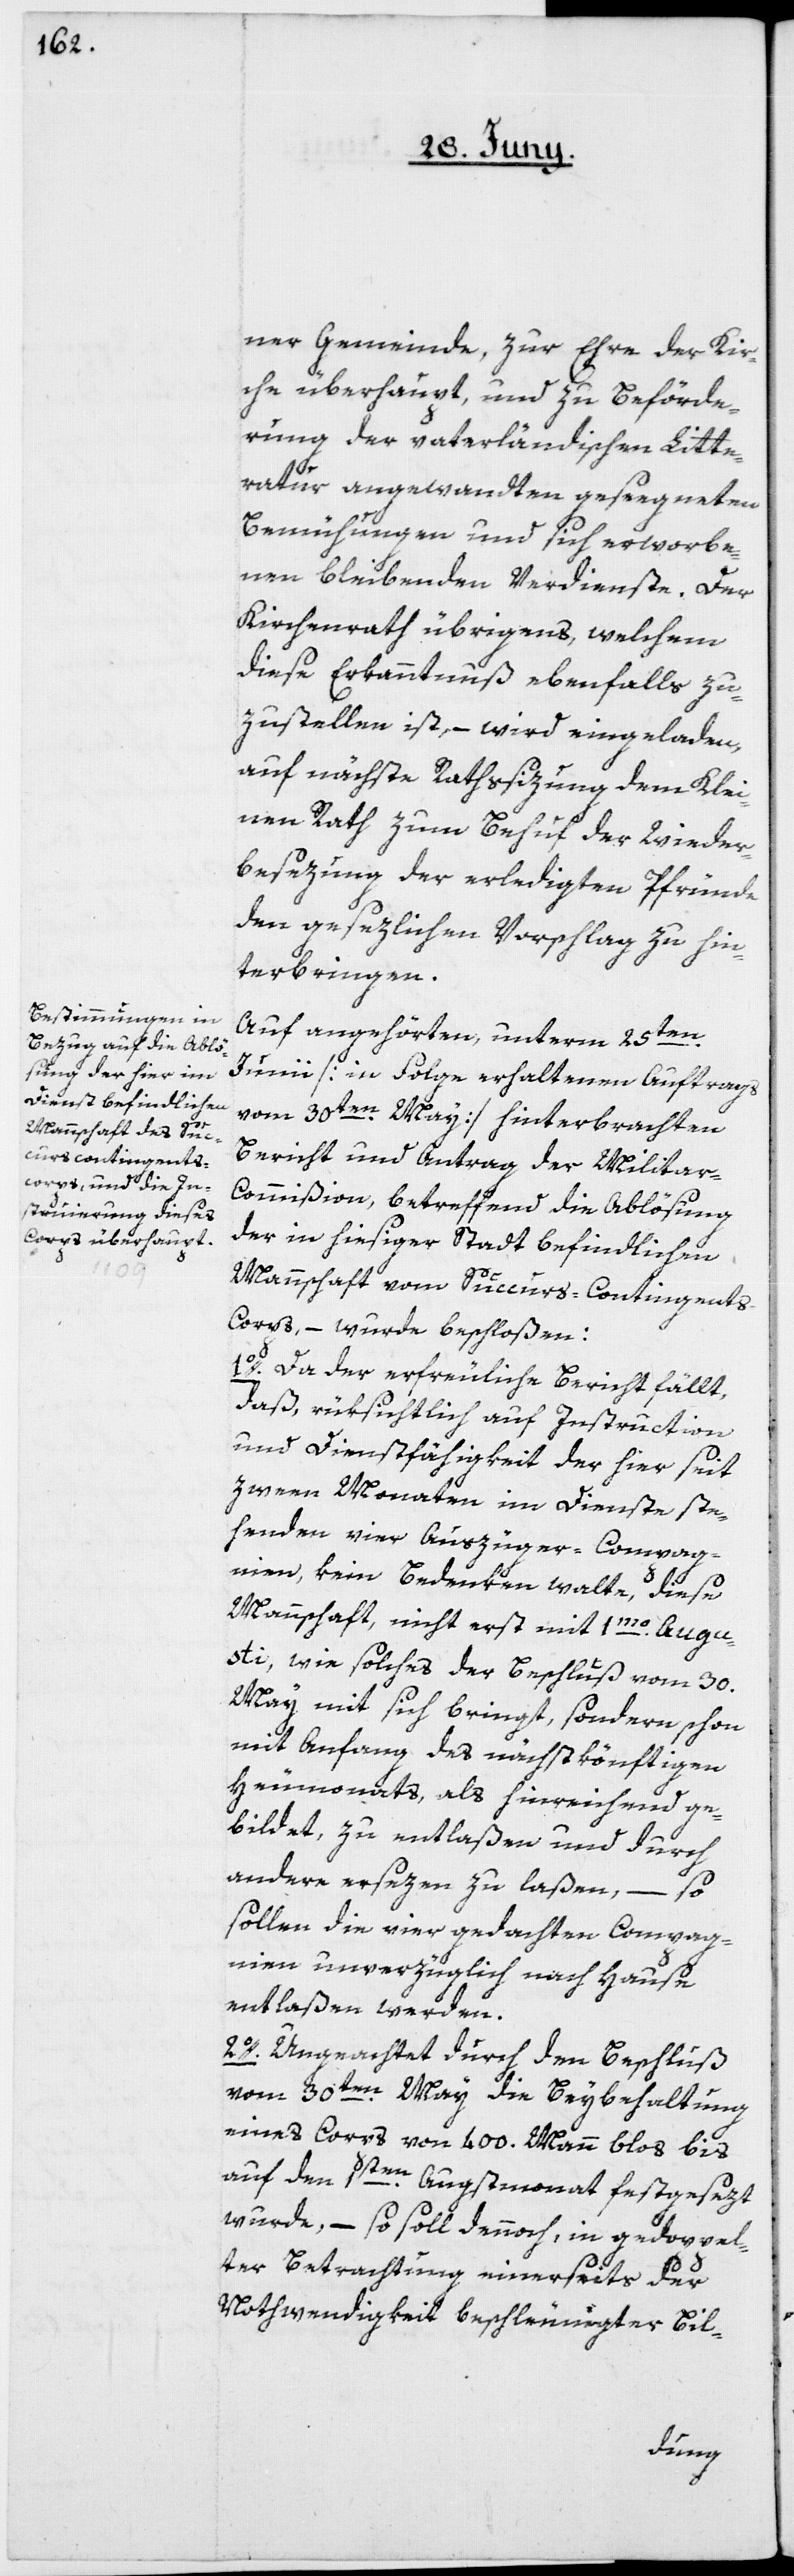
ner Gemeinde, zur Ehre der Kir¬
che überhaupt, und zu Beförde¬
rung der vaterländischen Litte¬
ratur angewandten gesegneten
Bemühungen und sich erworbe¬
nen bleibenden Verdienste. Der
Kirchenrath übrigens, welchem
diese Erkanntnuß ebenfalls zu¬
zustellen ist, – wird eingeladen,
auf nächste Rathssizung dem Klei¬
nen Rath zum Behuf der Wieder¬
besezung der erledigten Pfründe
den gesezlichen Vorschlag zu hin¬
terbringen.
Auf angehörten, unterm 25ten
Junii [in Folge erhaltenen Auftrags
vom 30ten May] hinterbrachten
Bericht und Antrag der Militar-C¬
ommißion, betreffend die Ablösung
der in hiesiger Stadt befindlichen
Mannschaft vom Succurs-Contingent¬
s-Corps, – wurde beschloßen:
1o. Da der erfeuliche Bericht fällt,
daß, rüksichtlich auf Instruction
und Dienstfähigkeit der hier seit
zween Monaten im Dienst ste¬
henden vier Auszüger-Compag¬
nien, kein Bedenken walte, diese
Mannschaft nicht erst mit 1mo Augu¬
sti, wie solches der Beschluß vom 30.
May mit sich bringt, sondern schon
mit Anfang des nächstkönftigen
Heumonats, als hinreichend ge¬
bildet, zu entlaßen und durch
andere ersezen zu laßen, – so
sollen die vier gedachten Compag¬
nien unverzüglich nach Hause
entlaßen werden.
2o. Ungeachtet durch den Beschluß
vom 30ten May die Beybehaltung
eines Corps von 400. Mann blos bis
auf den 1sten Augstmonat festgesezt
wurde, – so soll dennoch, in gedoppel¬
ter Betrachtung einerseits der
Nothwendigkeit beschleunigter Bil-